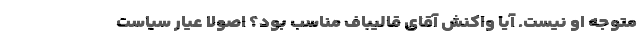
متوجه او نیست. آیا واکنش آقای قالیباف مناسب بود؟ اصولا عیار سیاست